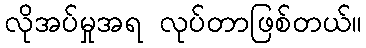
လိုအပ်မှုအရ လုပ်တာဖြစ်တယ်။